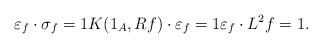
LaTeX: \begin{align*} \varepsilon_f\cdot{}\sigma_f=1 K(1_A,{R}f)\cdot{}\varepsilon_f=1 \varepsilon_f\cdot{}{L}^2{f}=1. \end{align*}